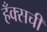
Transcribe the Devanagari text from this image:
हँक्सची